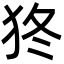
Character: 㹣